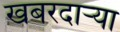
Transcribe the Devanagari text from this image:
खबरदार्‍या